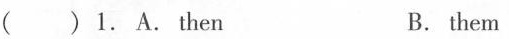
( )1. A. Then B. them